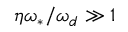
\eta \omega _ { \ast } / \omega _ { d } \gg 1